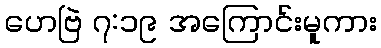
ဟေဗြဲ ၇:၁၉ အကြောင်းမူကား